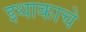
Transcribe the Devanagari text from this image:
इथाकाचे